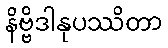
နိဗ္ဗိဒါနုပဿိတာ